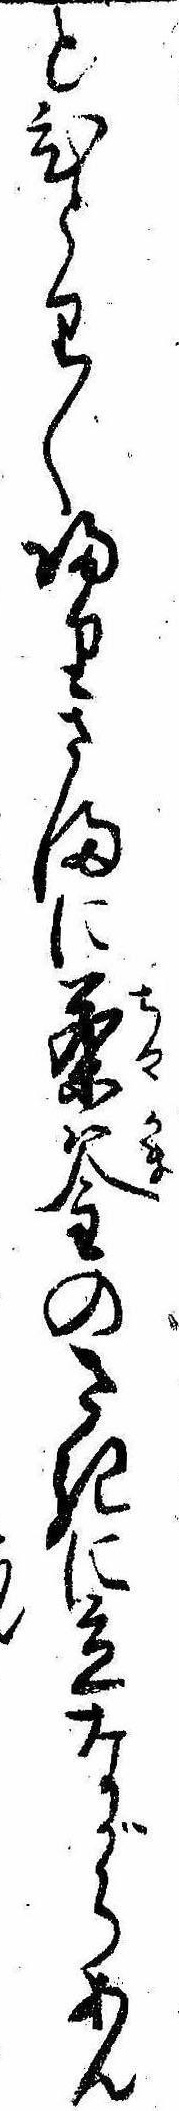
とひとり〱帰りさまに茶釜のさきに立ながらあん